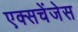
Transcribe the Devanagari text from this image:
एक्सचेंजेस